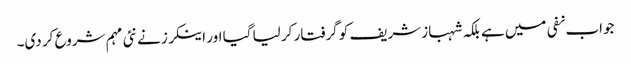
جواب نفی میں ہے بلکہ شہباز شریف کو گرفتار کر لیا گیا اور اینکرز نے نئی مہم شروع کر دی۔